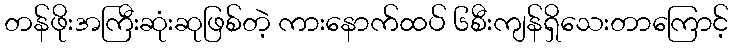
တန်ဖိုးအကြီးဆုံးဆုဖြစ်တဲ့ ကားနောက်ထပ် ၆စီးကျန်ရှိသေးတာကြောင့်